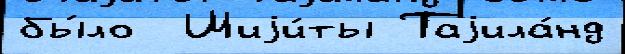
бы́ло  Шиjи́ты Таjила́нд